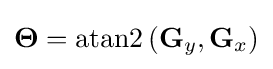
\mathbf {\Theta } =\operatorname {atan2} \left(\mathbf {G} _{y},\mathbf {G} _{x}\right)